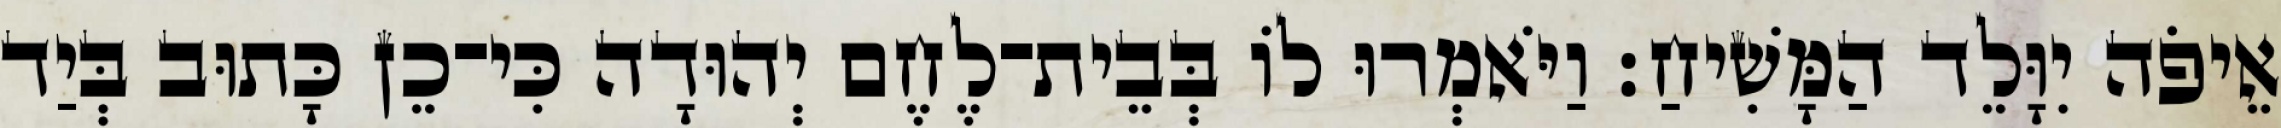
אֵיפֹה יִוָּלֵד הַמָּשִׁיחַ׃ וַיֹּאמְרוּ לוֹ בְּבֵית־לֶחֶם יְהוּדָה כִּי־כֵן כָּתוּב בְּיַד